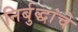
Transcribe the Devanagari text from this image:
निर्बुद्धांचे